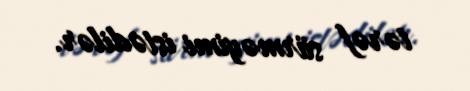
tərəf sürməyimi istədilər.